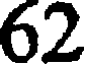
62